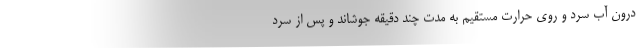
درون آب سرد و روی حرارت مستقیم به مدت چند دقیقه جوشاند و پس از سرد